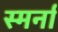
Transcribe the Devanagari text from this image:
स्मर्ना